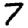
Digit: 7